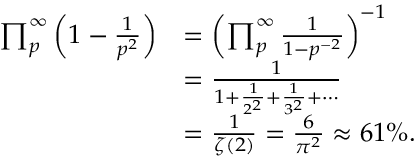
{ \begin{array} { r l } { \prod _ { p } ^ { \infty } \left( 1 - { \frac { 1 } { p ^ { 2 } } } \right) } & { = \left( \prod _ { p } ^ { \infty } { \frac { 1 } { 1 - p ^ { - 2 } } } \right) ^ { - 1 } } \\ & { = { \frac { 1 } { 1 + { \frac { 1 } { 2 ^ { 2 } } } + { \frac { 1 } { 3 ^ { 2 } } } + \cdots } } } \\ & { = { \frac { 1 } { \zeta ( 2 ) } } = { \frac { 6 } { \pi ^ { 2 } } } \approx 6 1 \% . } \end{array} }